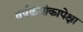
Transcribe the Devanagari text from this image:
वर्षक्रमांकापेक्षा